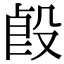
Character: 㲃